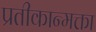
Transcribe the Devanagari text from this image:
प्रतीकान्मक्ता